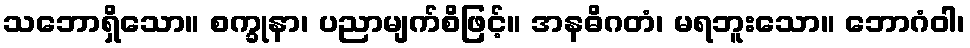
သဘောရှိသော။ စက္ခုနာ၊ ပညာမျက်စိဖြင့်။ အနဓိဂတံ၊ မရဘူးသော။ ဘောဂံဝါ၊